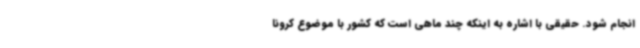
انجام شود. حقیقی با اشاره به اینکه چند ماهی است که کشور با موضوع کرونا